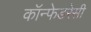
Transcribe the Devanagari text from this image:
कॉन्फेडरेसी